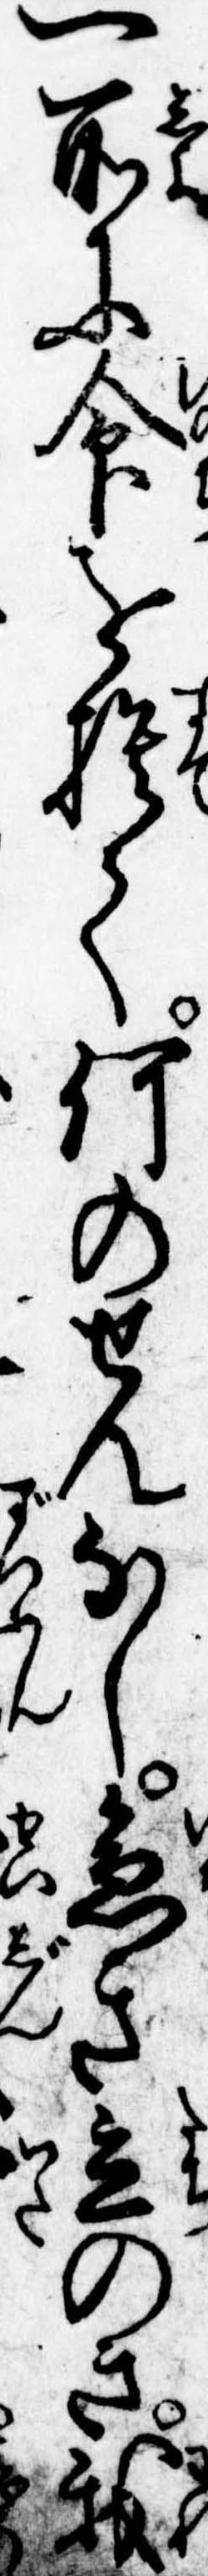
一所に命を捨て何のせんなし急き立のき我